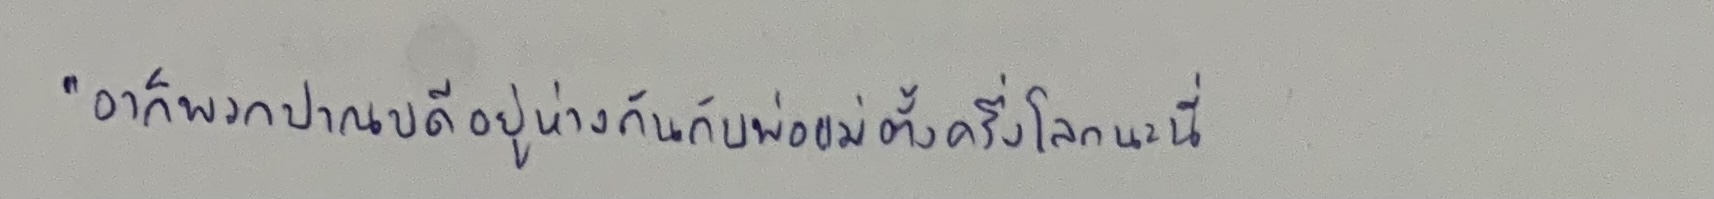
"อาก็พวกปาณบดีอยู่ห่างกันกับพ่อแม่ตั้งครึ่งโลกนะนี่